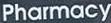
Pharacy